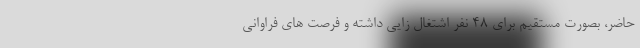
حاضر، بصورت مستقیم برای 48 نفر اشتغال زایی داشته و فرصت های فراوانی